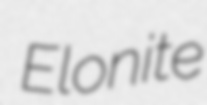
Elonite